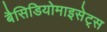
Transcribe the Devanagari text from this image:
बैसिडियोमाइसेट्स